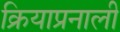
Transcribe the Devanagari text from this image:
क्रियाप्रनाली